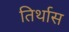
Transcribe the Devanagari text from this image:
तिर्थास